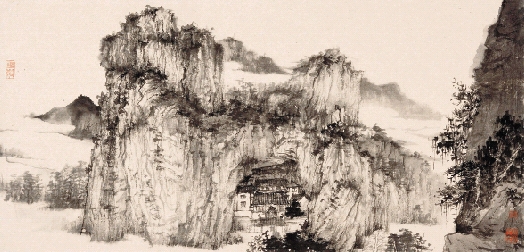
凌余阵兮躐余行，左骖殪兮右刃伤。